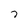
Character: 7